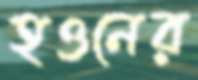
হওনের